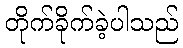
တိုက်ခိုက်ခဲ့ပါသည်